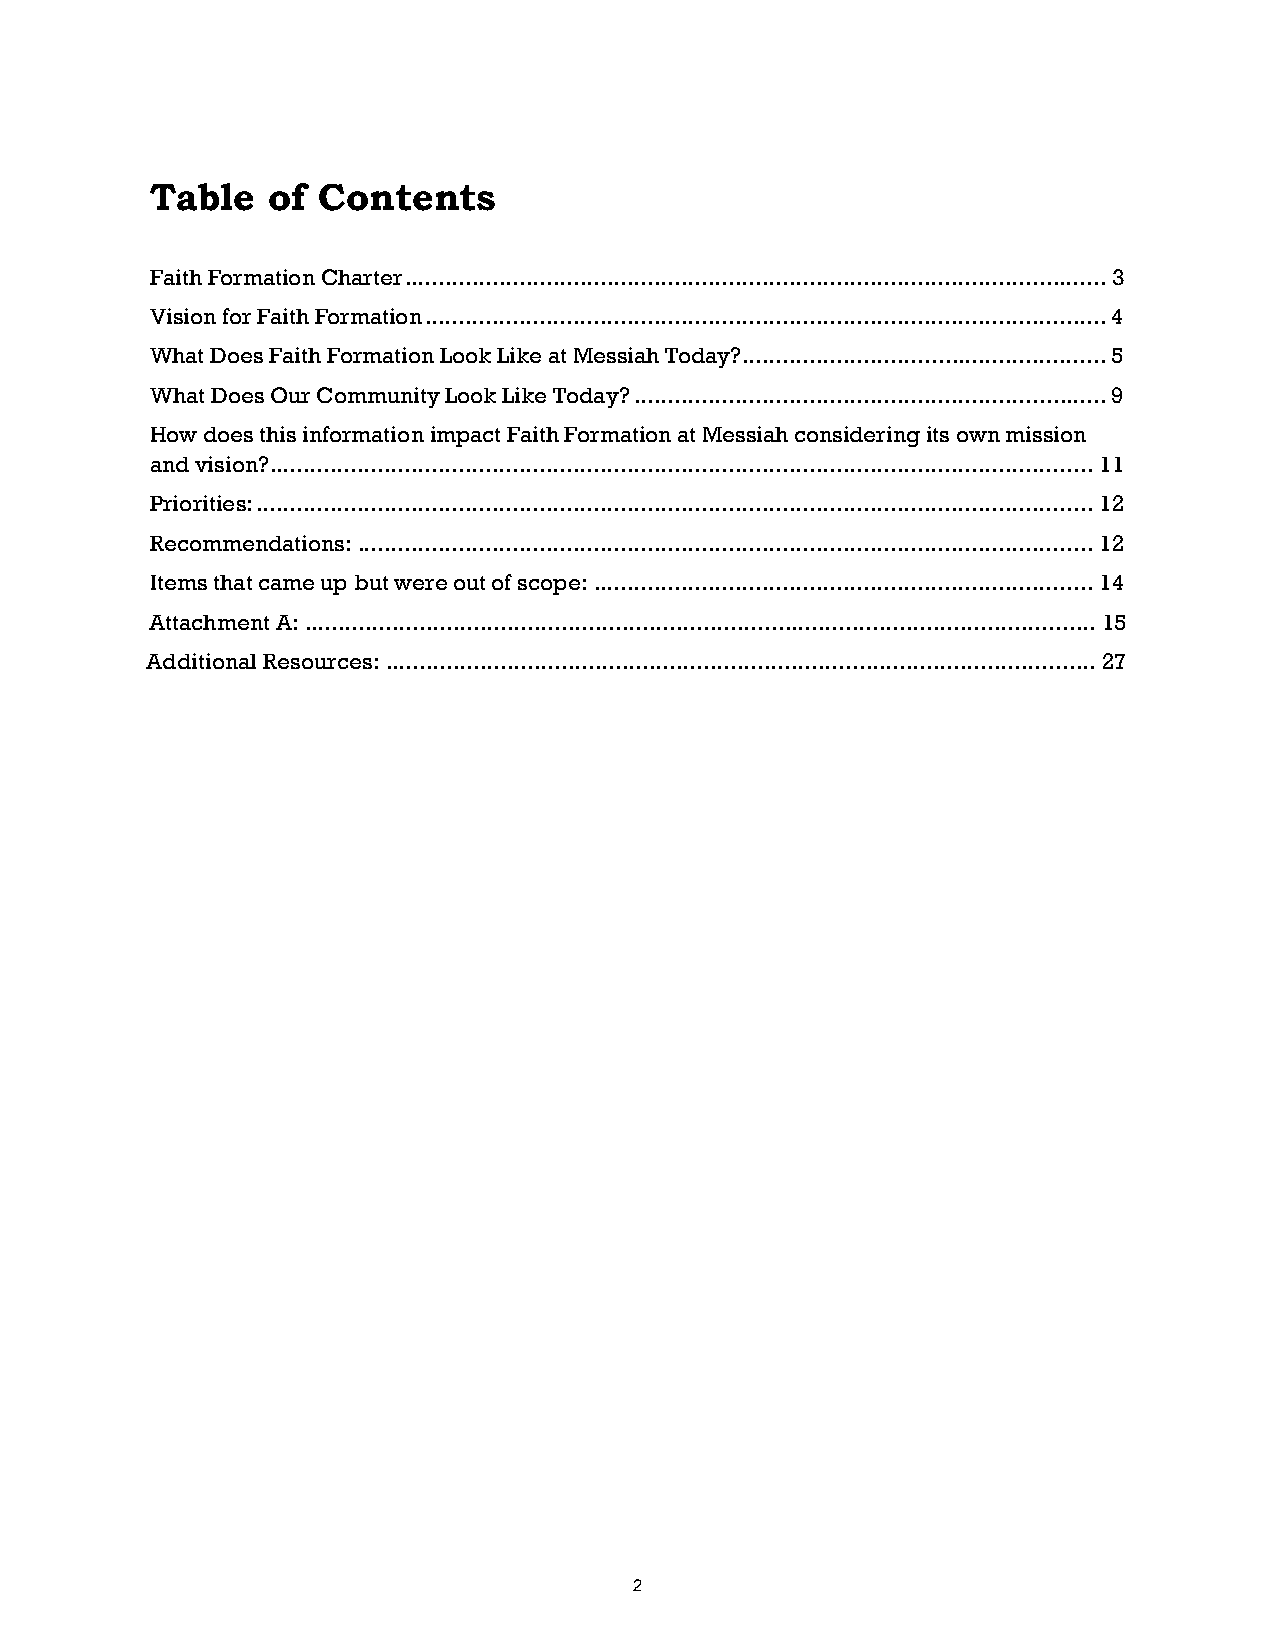
Table   of Contents
 Faith Formation Charter ........................................................................................................ 3
 Vision for Faith Formation ..................................................................................................... 4
 What Does Faith Formation Look Like at Messiah Today? ...................................................... 5
 What Does Our Community Look Like Today? ...................................................................... 9
 How does this information impact Faith Formation at Messiah considering its own mission
 and vision? .......................................................................................................................... 11
 Priorities: ............................................................................................................................ 12
 Recommendations: ............................................................................................................. 12
 Items that came up but were out of scope: .......................................................................... 14
 Attachment A: ..................................................................................................................... 15
 Additional Resources: ......................................................................................................... 27
 2